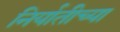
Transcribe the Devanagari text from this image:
निर्यातीच्या